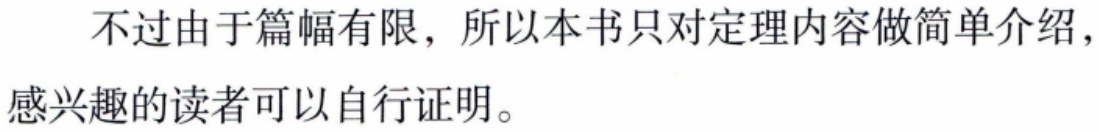
不过由于篇幅有限，所以本书只对定理内容做简单介绍，感兴趣的读者可以自行证明。